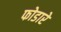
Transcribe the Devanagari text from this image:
फोडारे